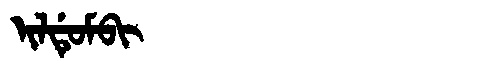
Manchu: ᡳᠯᡩᡠᠮᠪᡳ
Romanization: ILDUMBI